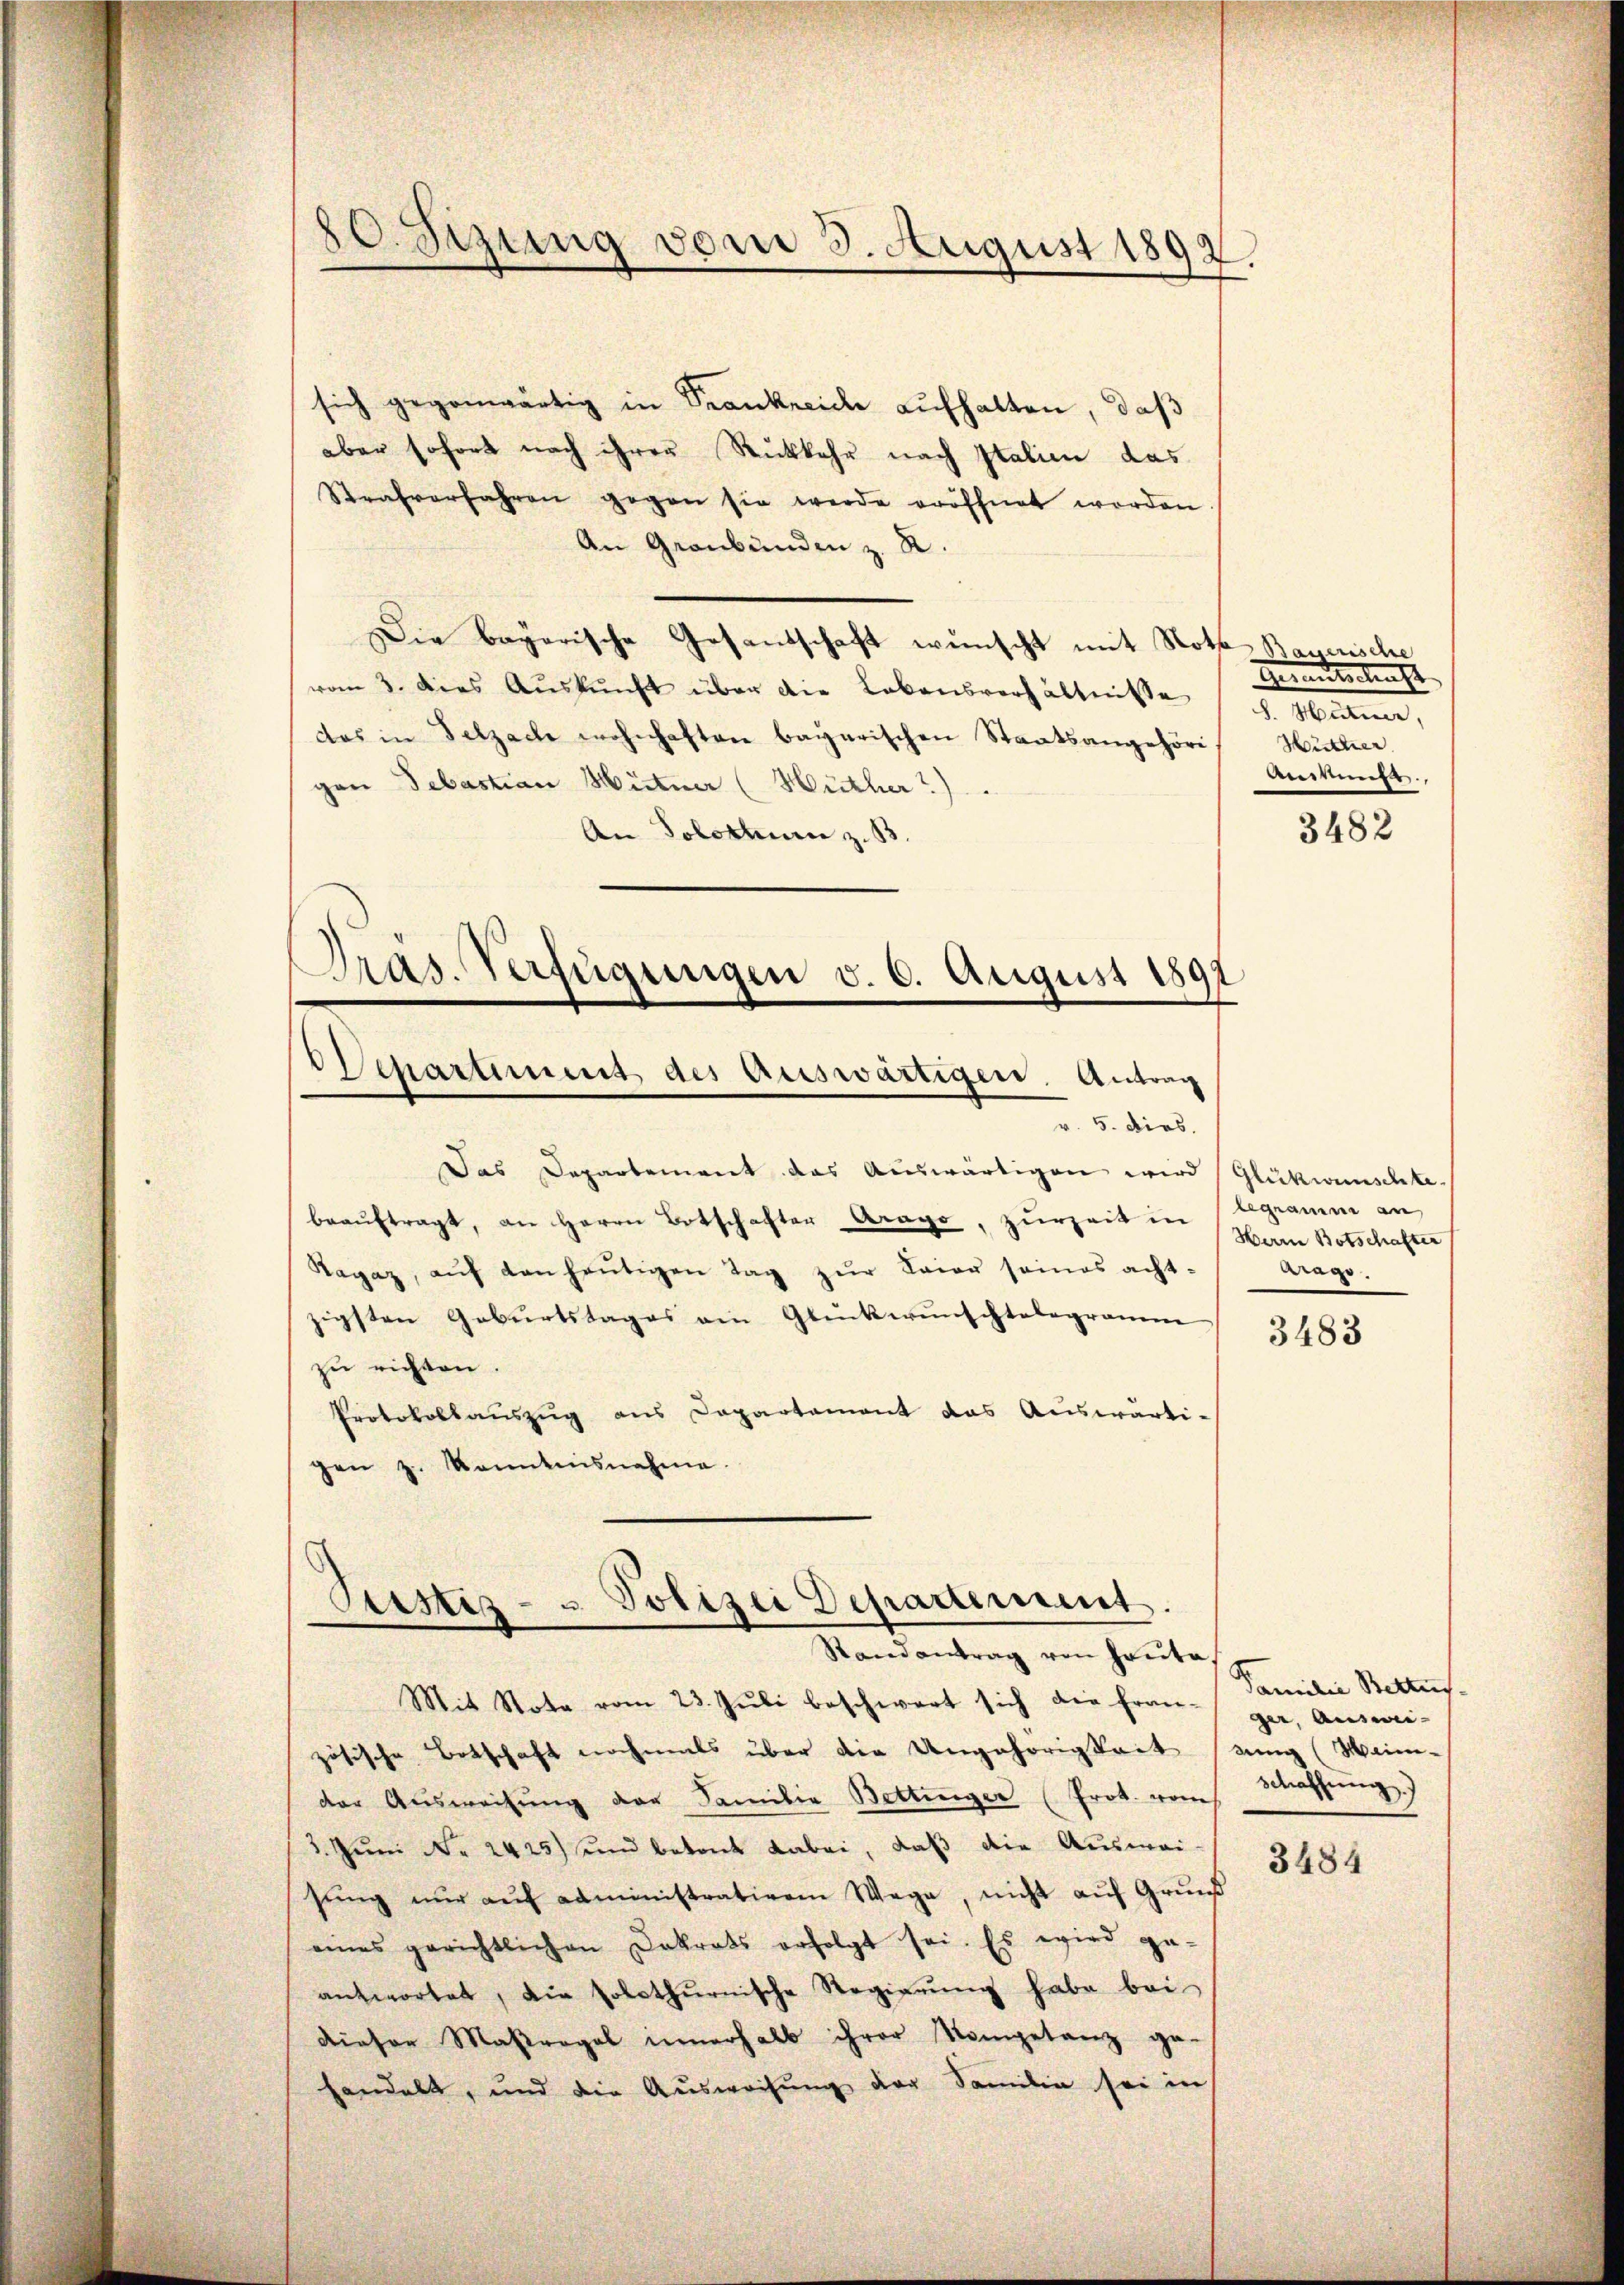
sich gegenwärtig in Trankreide aufhalten, daß
aber sofort nach ihrer Rückkehr nach Italien das
Strafverfahren gegen sie werde eröffnet worden.
An Graubünden z. R.
Die bayerische Gesandschaft wünscht mit Noth Bayerische
vom 3. dies Aŭskŭnft über die Lebensverhältnisse u. gute,
das in Selzach wohnhaften bayerischen Staatsangehöri, Hütter
gen Sebastian Hütner (Hüther?)
An Solothur z. 13
Pras. Verfügungen v. 6. August 1891

80. Sezung vom 3. August 1892.

Departement des Auswärtigen. Antrag
v. 5. dies.

Das Departement das Auswärtigen wird Glückwünschte
beaŭftragt, an Herrn Botschafter Arago, zurzeit in Begramm an
Ragaz, aŭf den heŭtigen Tag zŭr Laier seines acht-
zigsten Geburtstages ein Glückwünschtelegramme
zŭ richten.
Protokollauszug aus Departament das Auswärti-
gen z. Sonntnisnahme.

Seestes- u Polizei Departement
Randantrag von heute,

Mit Note vom 23. Jŭli beschwert sich die fran-ger, Auswei-
zösische Botschaft nochmals über die Ungehörigkeit stung (Wein-
der Ausweisung der Familie Bettinger (Prot. vom
3. Juni No 2425) und betont dabei, daß die Auswei-
sŭng nŭr aŭf administrativem Wege, nicht aŭf Grŭnd
eines gerichtlichen Dokrats erfolgt sei. Es wird ge-
antwortet, die solothurnische Regierŭng habe bei
dieser Maßregel innerhalb ihrer Nomgetanz ge
handelt, und die Ausweisung der Familie sei in

.

Grandeskraft
Amuns.

3482

Herrn Botschafter
trage.

3483

Familie Bettes
schaffung.)

3484